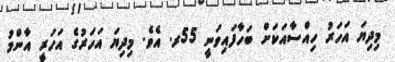
މިދިޔަ އަހަރު ހިއްސާއަކަށް ބަހާފައިވަނީ 55ރ. އެވެ. މިދިޔަ އަހަރުގެ އަހަރީ އާންމު